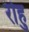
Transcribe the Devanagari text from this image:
रोहु